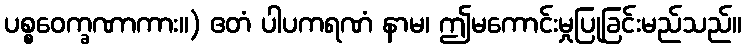
ပစ္စဝေက္ခဏာကား။) ဧတံ ပါပကရဏံ နာမ၊ ဤမကောင်းမှုပြုခြင်းမည်သည်။